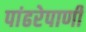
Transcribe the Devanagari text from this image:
पांढरेपाणी